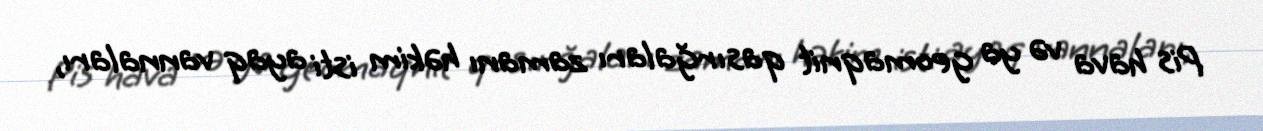
Pis hava və ya geomaqnit qasırğaları zamanı həkim isti ayaq vannaları,